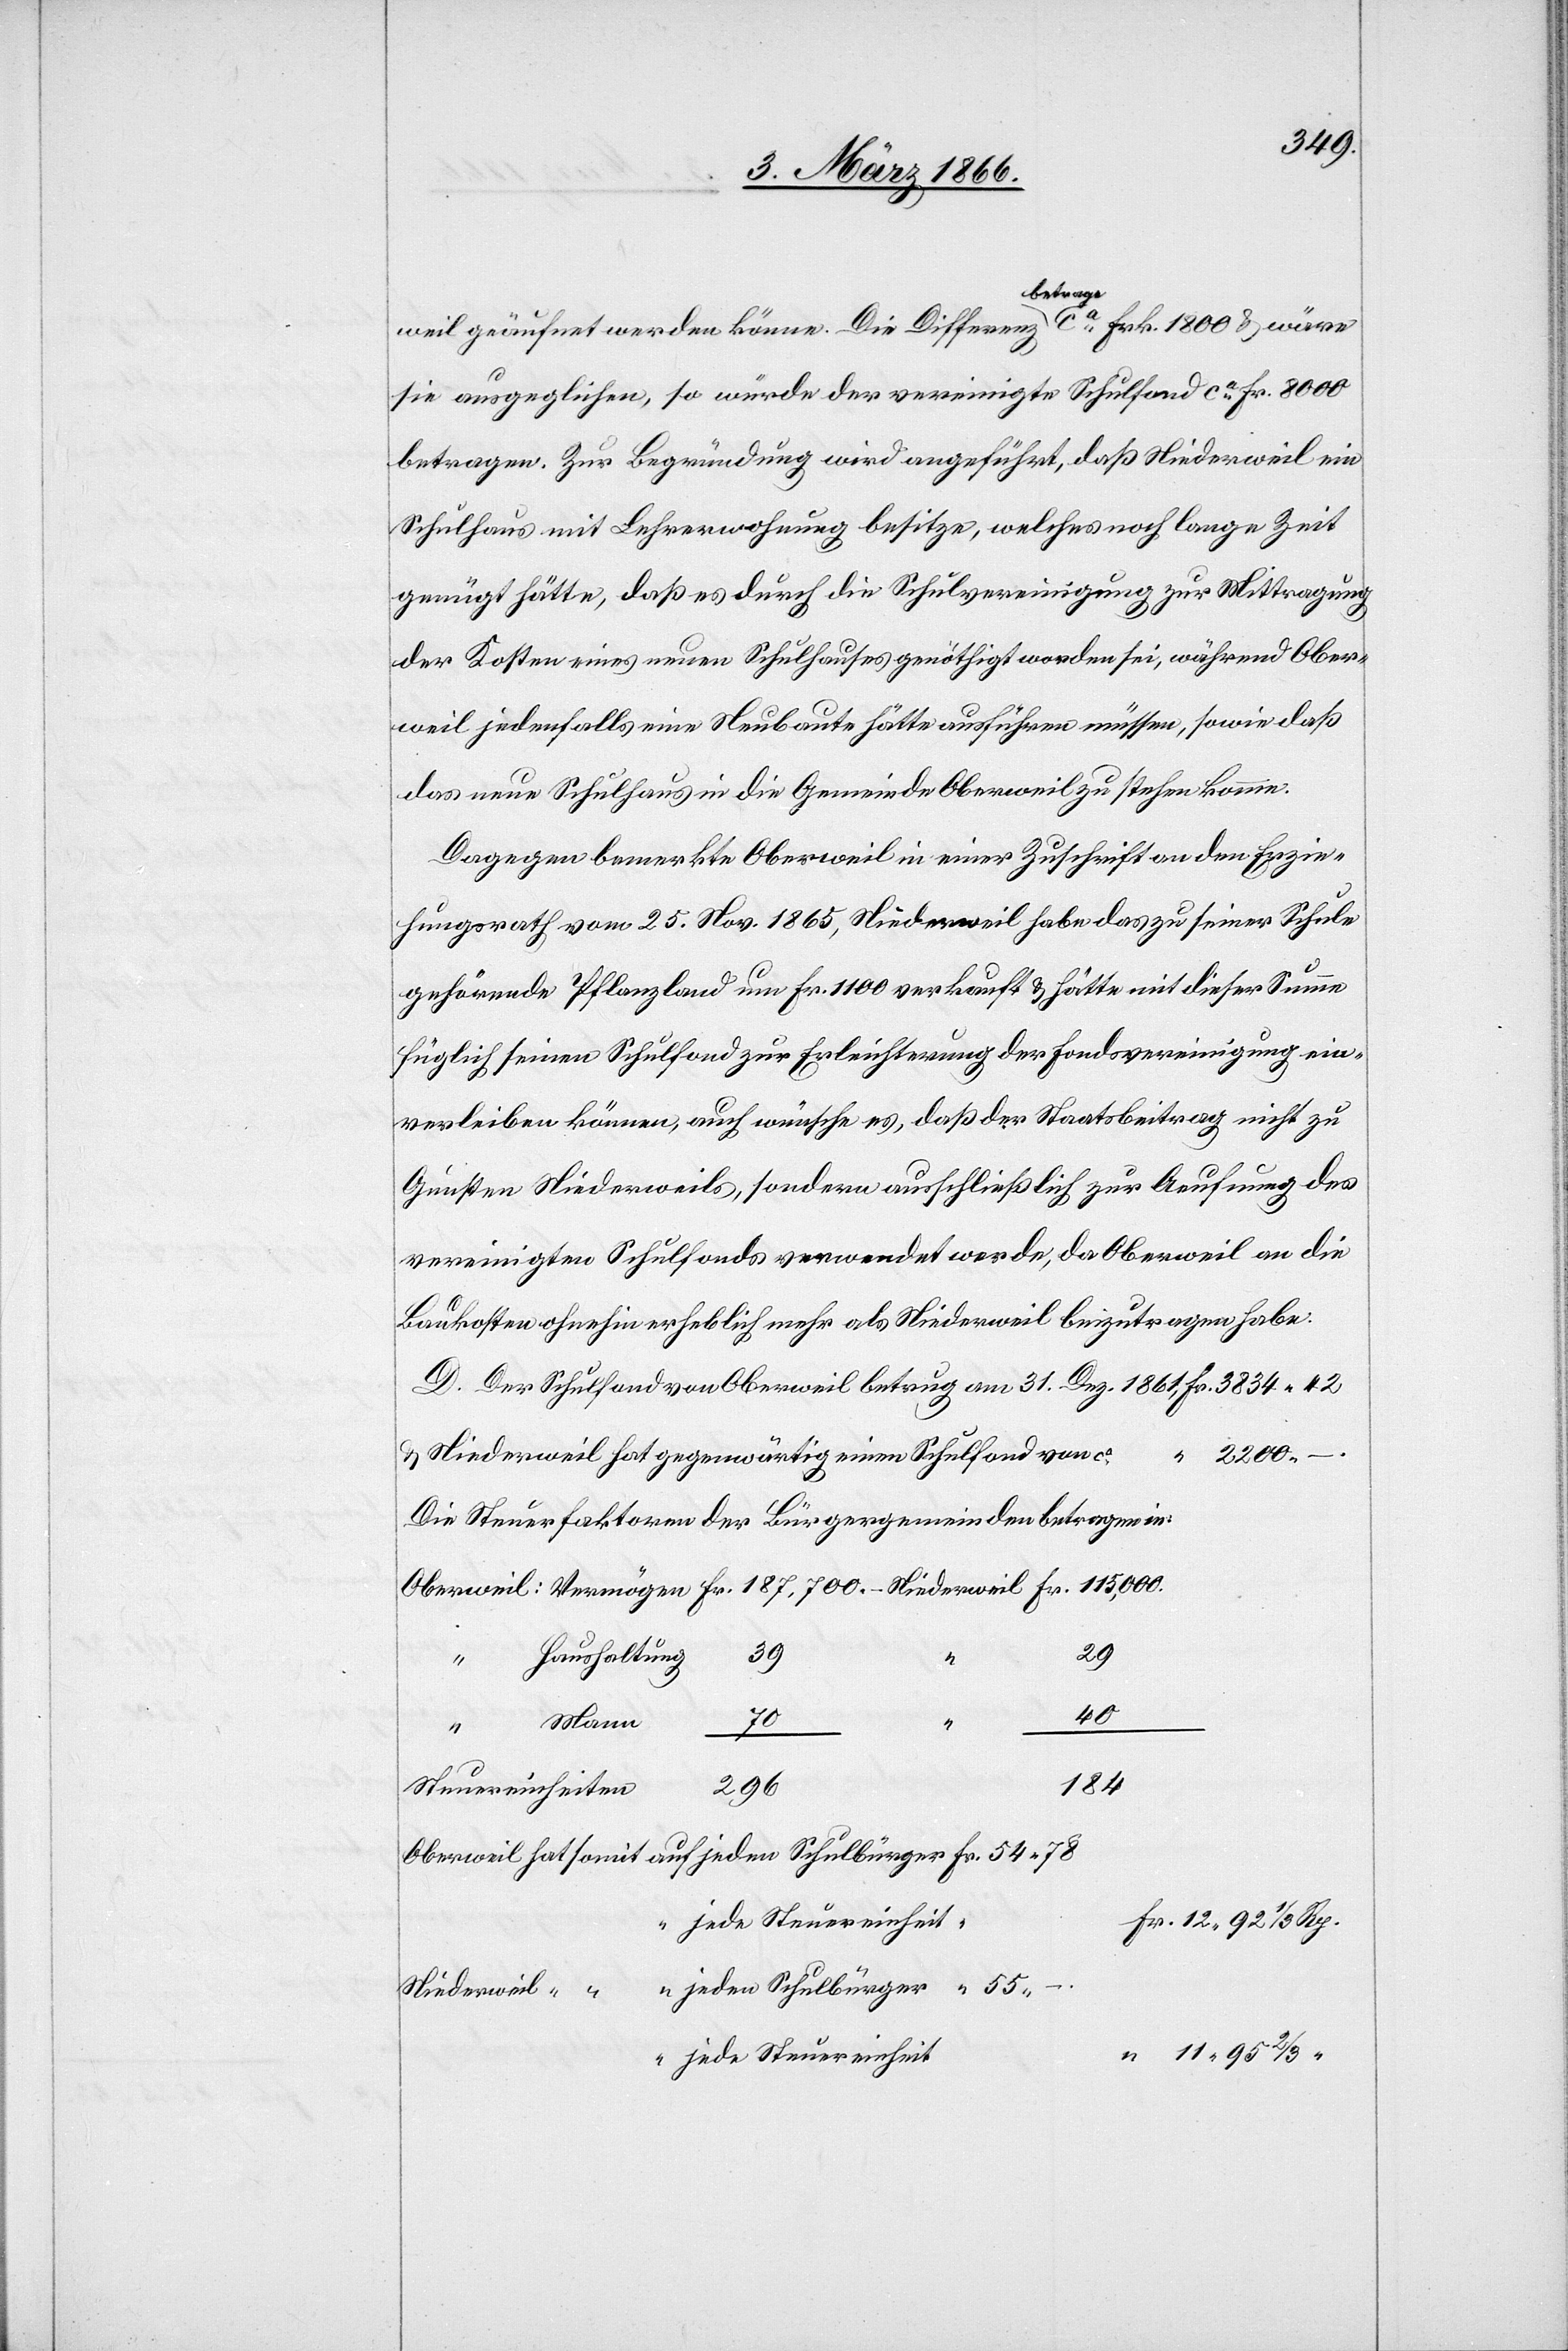
weil geäufnet werden könne. Die Differenz a-betrage-a ca. Frk. 1800 u. wäre
sie ausgeglichen, so würde der vereinigte Schulfond ca. Fr. 8000
betragen. Zur Begründung wird angeführt, daß Niederweil ein
Schulhaus mit Lehrerwohnung besitze, welches noch lange Zeit
genügt hätte, daß es durch die Schulvereinigung zur Mittragung
der Kosten eines neuen Schulhauses genöthigt worden sei, während Ober¬
weil jedenfalls eine Neubaute hätte ausführen müssen, sowie daß
das neue Schulhaus in die Gemeinde Oberweil zu stehen komme.
Dagegen bemerkte Oberweil in einer Zuschrift an den Erzie¬
hungsrath vom 25. Nov. 1865, Niederweil habe das zu seiner Schule
gehörende Pflanzland um Fr. 1100 verkauft u. hätte mit dieser Summe
füglich seinen Schulfond zur Erleichterung der Fondsvereinigung ein¬
verleiben können, auch wünsche es, daß der Staatsbeitrag nicht zu
Gunsten Niederweils, sondern ausschliesslich zur Aeufnung des
vereinigten Schulfonds verwendet werde, da Oberweil an die
Baukosten erheblich mehr als Niederweil beizutragen habe.
D. Der Schulfond von Oberweil betrug am 31. Dez. 1861, Fr. 3824 42
“
187 700
u. Niederweil hat gegenwärtig einen Schulfond von
Die Steuerfaktoren der Bürgergemeinden betragen in
39
29
Haushaltung
55
40
Mann
70
184
296
Steuereinheiten
Fr. 12 92 1/3 Rp.
jeden Schulbürger
Niederweil
jede Steuereinheit
“ 11 95 2/3 “